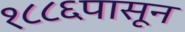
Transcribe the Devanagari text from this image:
१८८६पासून